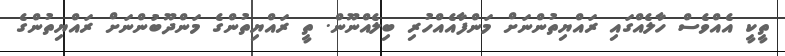
ތީކީ އެއްވެސް ހާލެއްގައި ރައްޔިތުންނަށް މަންފާއެއްހުރި ބިލެއްނޫން. ތީ ރައްޔިތުންގެ މަންދޫބުންނަށް ރައްޔިތުންގެ